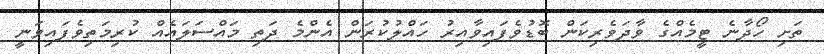
ތަށި ހޯދާނެ ޓީމެއްގެ ވާދަވެރިކަން ބޮޑުވެފައިވާއިރު ހައްލުކުރަން އެންމެ ދަތި މައްސަލައެއް ކުރިމަތިވެފައިވަނީ